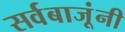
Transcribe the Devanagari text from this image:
सर्वबाजूंनी